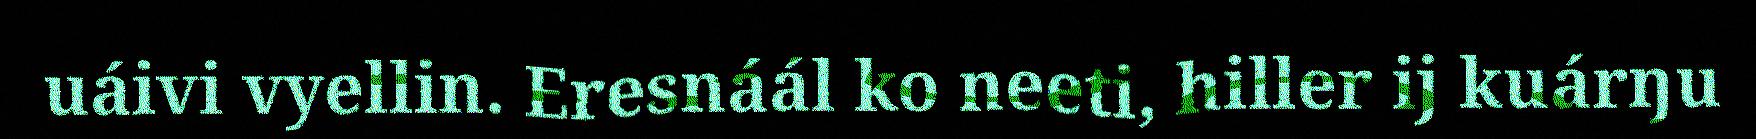
uáivi vyellin. Eresnáál ko neeti, hiller ij kuárŋu